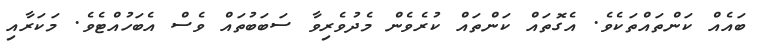
ބައެއް ކަންތައްތަކެވެ. އެގޮތައް ކަންތައް ކުރެވެން މެދުވެރިވާ ސަބަބުތައް ވެސް އެބަހުއްޓެވެ. މަކަރާއި